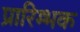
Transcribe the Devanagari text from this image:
प्रारिम्भक